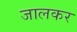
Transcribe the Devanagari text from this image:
जालकर